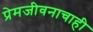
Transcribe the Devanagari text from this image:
प्रेमजीवनाचाही